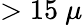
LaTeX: >15~\mu